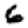
Digit: 6